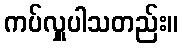
ကပ်လှူပါသတည်း။